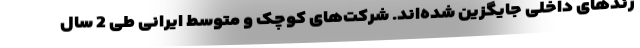
رندهای داخلی جایگزین شده‌اند. شرکت‌های کوچک و متوسط ایرانی طی 2 سال